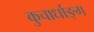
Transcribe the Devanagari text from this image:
कुचार्धाङ्ग